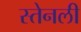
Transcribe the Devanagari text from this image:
स्तेनली